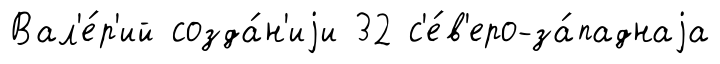
Вал'е́р'ий созда́н'иjи 32 с'е́в'еро-за́паднаjа